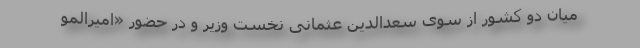
میان دو کشور از سوی سعدالدین عثمانی نخست وزیر و در حضور «امیرالمو